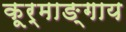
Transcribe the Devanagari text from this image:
कूर्माङ्गाय